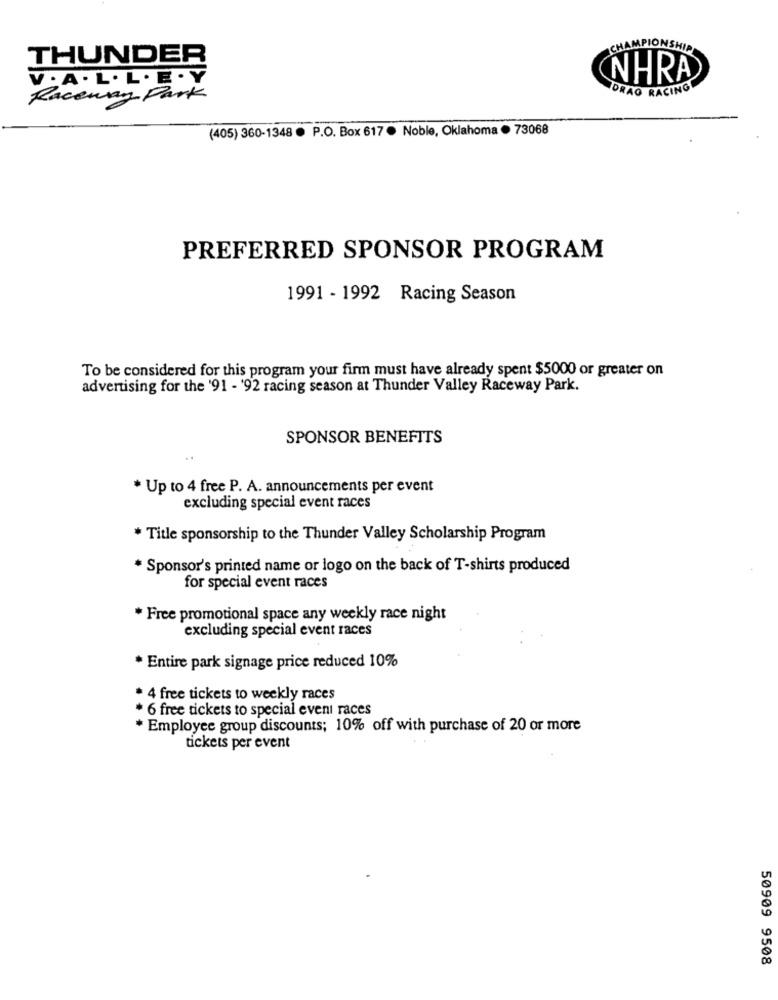
CHAMPIONSHIP
THUNDER
V. A . L. L. E . Y
NHRA
DRAG RACING
Raceway Park
(405) 360-1348 . P.O. Box 617. Noble, Oklahoma . 73068
PREFERRED SPONSOR PROGRAM
1991 - 1992 Racing Season
To be considered for this program your firm must have already spent $5000 or greater on
advertising for the '91 - '92 racing season at Thunder Valley Raceway Park.
SPONSOR BENEFITS
* Up to 4 free P. A. announcements per event
excluding special event races
* Title sponsorship to the Thunder Valley Scholarship Program
* Sponsor's printed name or logo on the back of T-shirts produced
for special event races
* Free promotional space any weekly race night
excluding special event races
* Entire park signage price reduced 10%
* 4 free tickets to weekly races
* 6 free tickets to special event races
* Employee group discounts; 10% off with purchase of 20 or more
tickets per event
50909 9508